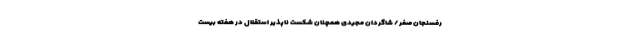
رفسنجان صفر / شاگردان مجیدی همچنان شکست ناپذیر استقلال در هفته بیست